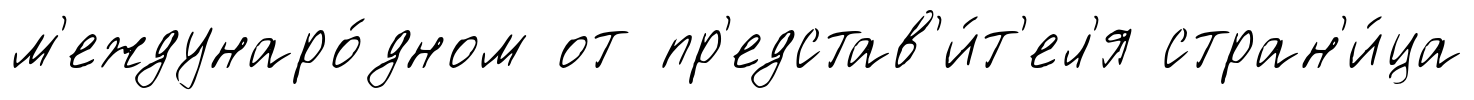
м'еждунаро́дном от пр'едстав'и́т'ел'я стран'и́ца